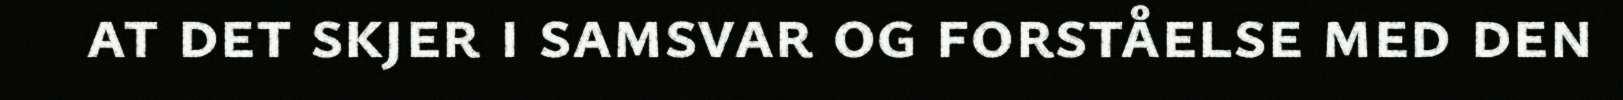
at det skjer i samsvar og forståelse med den